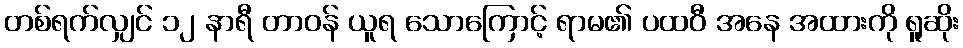
တစ်ရက်လျှင် ၁၂ နာရီ တာဝန် ယူရ သောကြောင့် ရာမ၏ ပထဝီ အနေ အထားကို ရူဆိုး